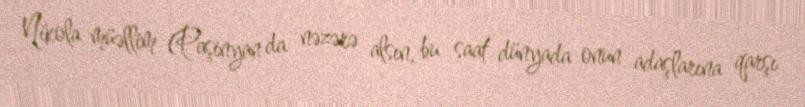
Nikola müəllim (Paşinyan da nəzərə alsın, bu saat dünyada onun adaşlarına qarşı